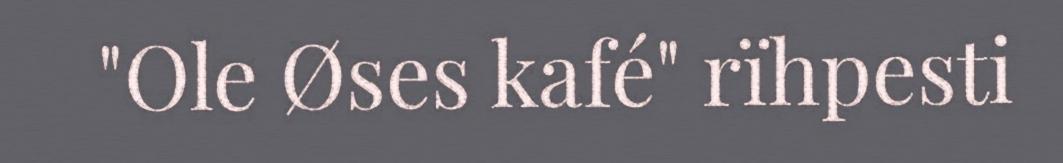
"Ole Øses kafé" rïhpesti